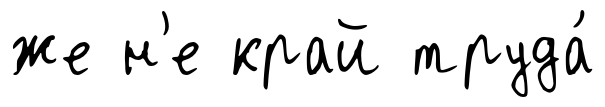
же н'е край труда́